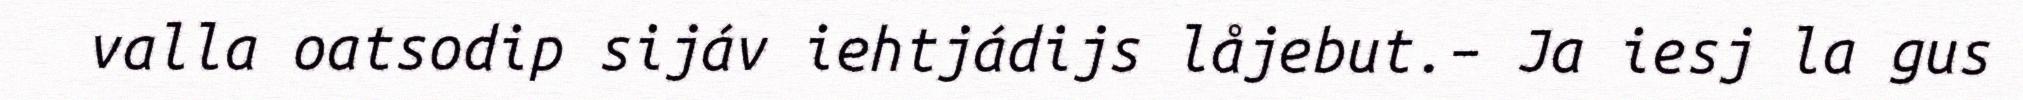
valla oatsodip sijáv iehtjádijs låjebut.– Ja iesj la gus